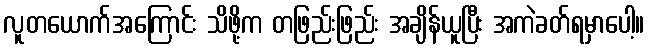
လူတယောက်အကြောင်း သိဖို့က တဖြည်းဖြည်း အချိန်ယူပြီး အကဲခတ်ရမှာပေါ့။